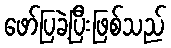
ဖော်ပြခဲ့ပြီးဖြစ်သည်